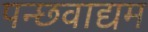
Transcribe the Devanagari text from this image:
पन्छवाद्यम